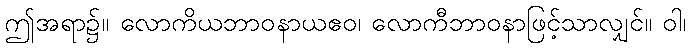
ဤအရာ၌။ လောကိယဘာဝနာယဧဝ၊ လောကီဘာဝနာဖြင့်သာလျှင်။ ဝါ၊